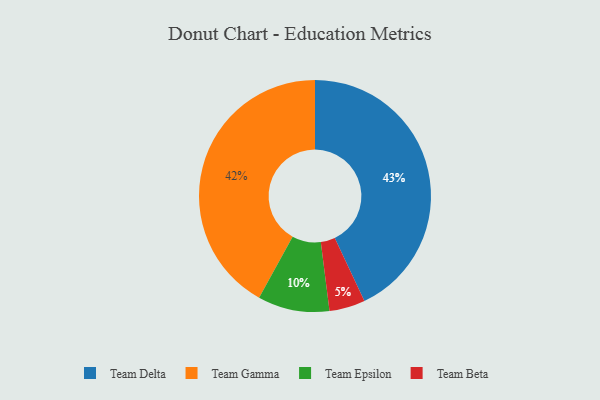
{"axis": {"x": "Category", "y": "Percentage"}, "legend": ["Team Beta", "Team Delta", "Team Epsilon", "Team Gamma"], "data": [{"x": "Team Beta", "y": 5, "type": "Team Beta"}, {"x": "Team Epsilon", "y": 10, "type": "Team Epsilon"}, {"x": "Team Gamma", "y": 42, "type": "Team Gamma"}, {"x": "Team Delta", "y": 43, "type": "Team Delta"}]}